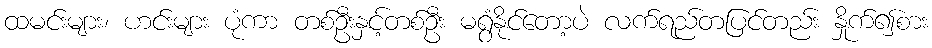
ထမင်းများ၊ ဟင်းများ ပုံကာ တစ်ဦးနှင့်တစ်ဦး မရွံနိုင်တော့ပဲ လက်ရည်တပြင်တည်း နှိုက်၍စား